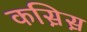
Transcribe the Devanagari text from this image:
कस़िस़